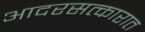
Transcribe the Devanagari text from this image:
आदरसत्कारात